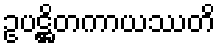
ဥပဋ္ဌိတကာယဿတိ